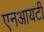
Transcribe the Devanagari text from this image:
एनआयटी